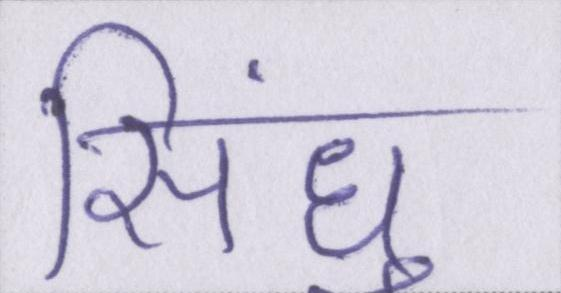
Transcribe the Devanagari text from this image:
सिंधु